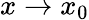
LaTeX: x\to x_{0}